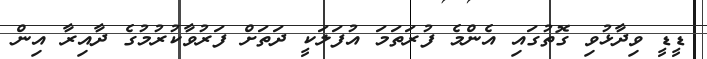
ޑީޑީ ވިދާޅުވި ގޮތުގައި އެންމެ ފުރަތަމަ އުފަލަކީ ދަތަށް ފަރުވާކުރުމުގެ ދާއިރާ އިން